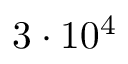
3 \cdot 1 0 ^ { 4 }